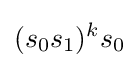
(s_{0}s_{1})^{k}s_{0}